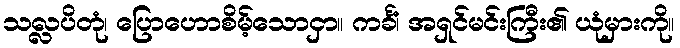
သလ္လပိတုံ၊ ပြောဟောစိမ့်သောငှာ။ ကင်္ခံ၊ အရှင်မင်းကြီး၏ ယုံမှားကို။